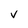
Character: v